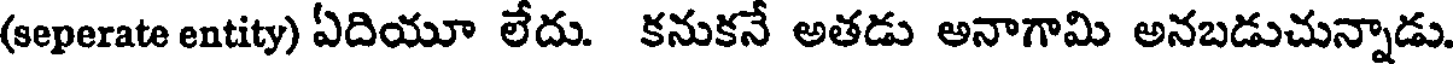
(seperate entity) ఏదియూ లేదు. కనుకనే అతడు అనాగామి అనబడుచున్నాడు.